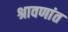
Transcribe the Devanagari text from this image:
श्रावणांत